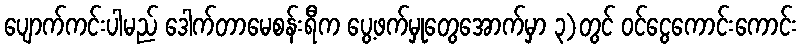
ပျောက်ကင်းပါမည် ဒေါက်တာမေစန်းရီက ပွေ့ဖက်မှုတွေအောက်မှာ ၃)တွင် ဝင်ငွေကောင်းကောင်း